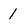
Character: 1